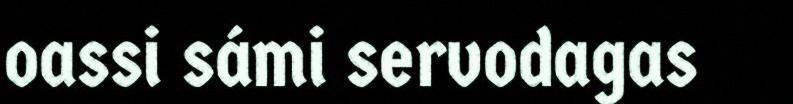
oassi sámi servodagas